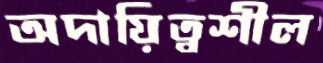
অদায়িত্বশীল